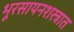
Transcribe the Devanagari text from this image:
भूरसायनशस्त्रात